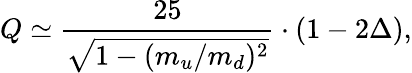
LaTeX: Q\simeq\frac{25}{\sqrt{1-(m_{u}/m_{d})^{2}}}\cdot(1-2\Delta),